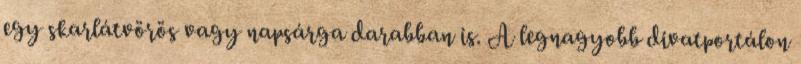
egy skarlátvörös vagy napsárga darabban is. A legnagyobb divatportálon